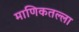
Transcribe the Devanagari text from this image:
माणिकतल्ला